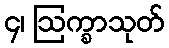
၄၊ ဩက္ခာသုတ်